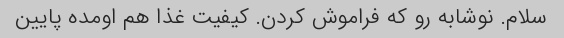
سلام. نوشابه رو که فراموش کردن. کیفیت غذا هم اومده پایین